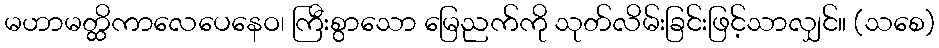
မဟာမတ္ထိကာလေပေနေဝ၊ ကြီးစွာသော မြေညက်ကို သုတ်လိမ်းခြင်းဖြင့်သာလျှင်။ (သစေ)